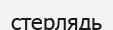
стерлядь